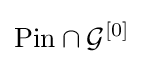
{\operatorname {Pin} }\cap {\mathcal {G}}^{[0]}